Annual report on the working of the lock hospitals in the Central Provinces
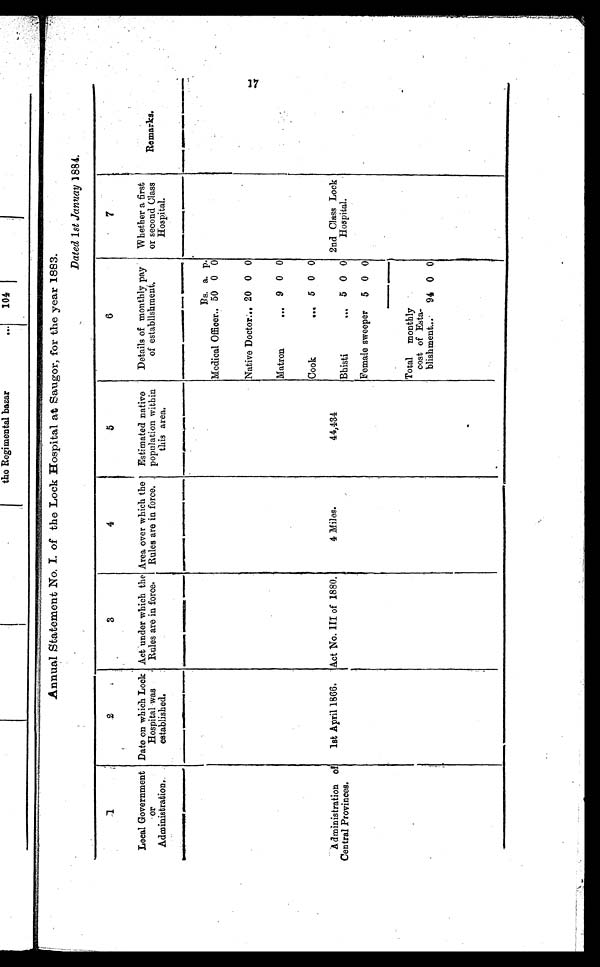
Annual Statement No. I. of the Lock Hospital at Saugor, for the year 1883.
Dated 1st Januay 1884.
1
2
3
4
5
6
7
Local Government
or
Administration.
Date on which Lock
Hospital was
established.
Act under which the
Rules are in force.
Area over which the
Rules are in force.
Estimated native
population within
this area.
Details of monthly pay
of establishment.
Whether a first
or second Class
Hospital.
Remarks.
Rs. a. p.
Medical Officer.. 50 0 0
Native Doctor... 20 0 0
Matron
... 9 0 0
Cook
... 5 0 0
Administration of
Central Provinces.
1st April 1866. Act No. III of 1880.
4 Miles.
4 4 , 4 3 4
Bhisti
••. 5 0 0
2nd Class Lock
Hospital.
Female sweeper 5 0 0
Total monthly
cost of Esta-
blishment... 94 0 0
17